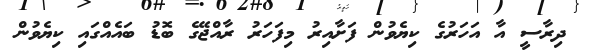
ދިރާސީ އާ އަހަރުގެ ކިޔެވުން ފަށާއިރު މިފަހަރު ރާއްޖޭގެ ބޮޑު ބައެއްގައި ކިޔެވުން